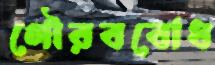
গৌরববোধ